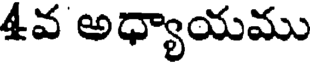
4వ అధ్యాయము